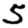
Digit: 5